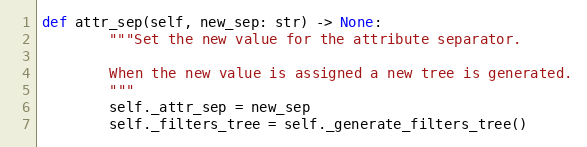
Language: Python
def attr_sep(self, new_sep: str) -> None:
        """Set the new value for the attribute separator.

        When the new value is assigned a new tree is generated.
        """
        self._attr_sep = new_sep
        self._filters_tree = self._generate_filters_tree()